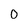
Character: 0